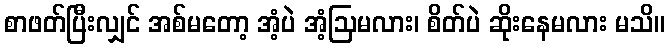
စာဖတ်ပြီးလျှင် အစ်မတော့ အံ့ပဲ အံ့ဩမလား၊ စိတ်ပဲ ဆိုးနေမလား မသိ။